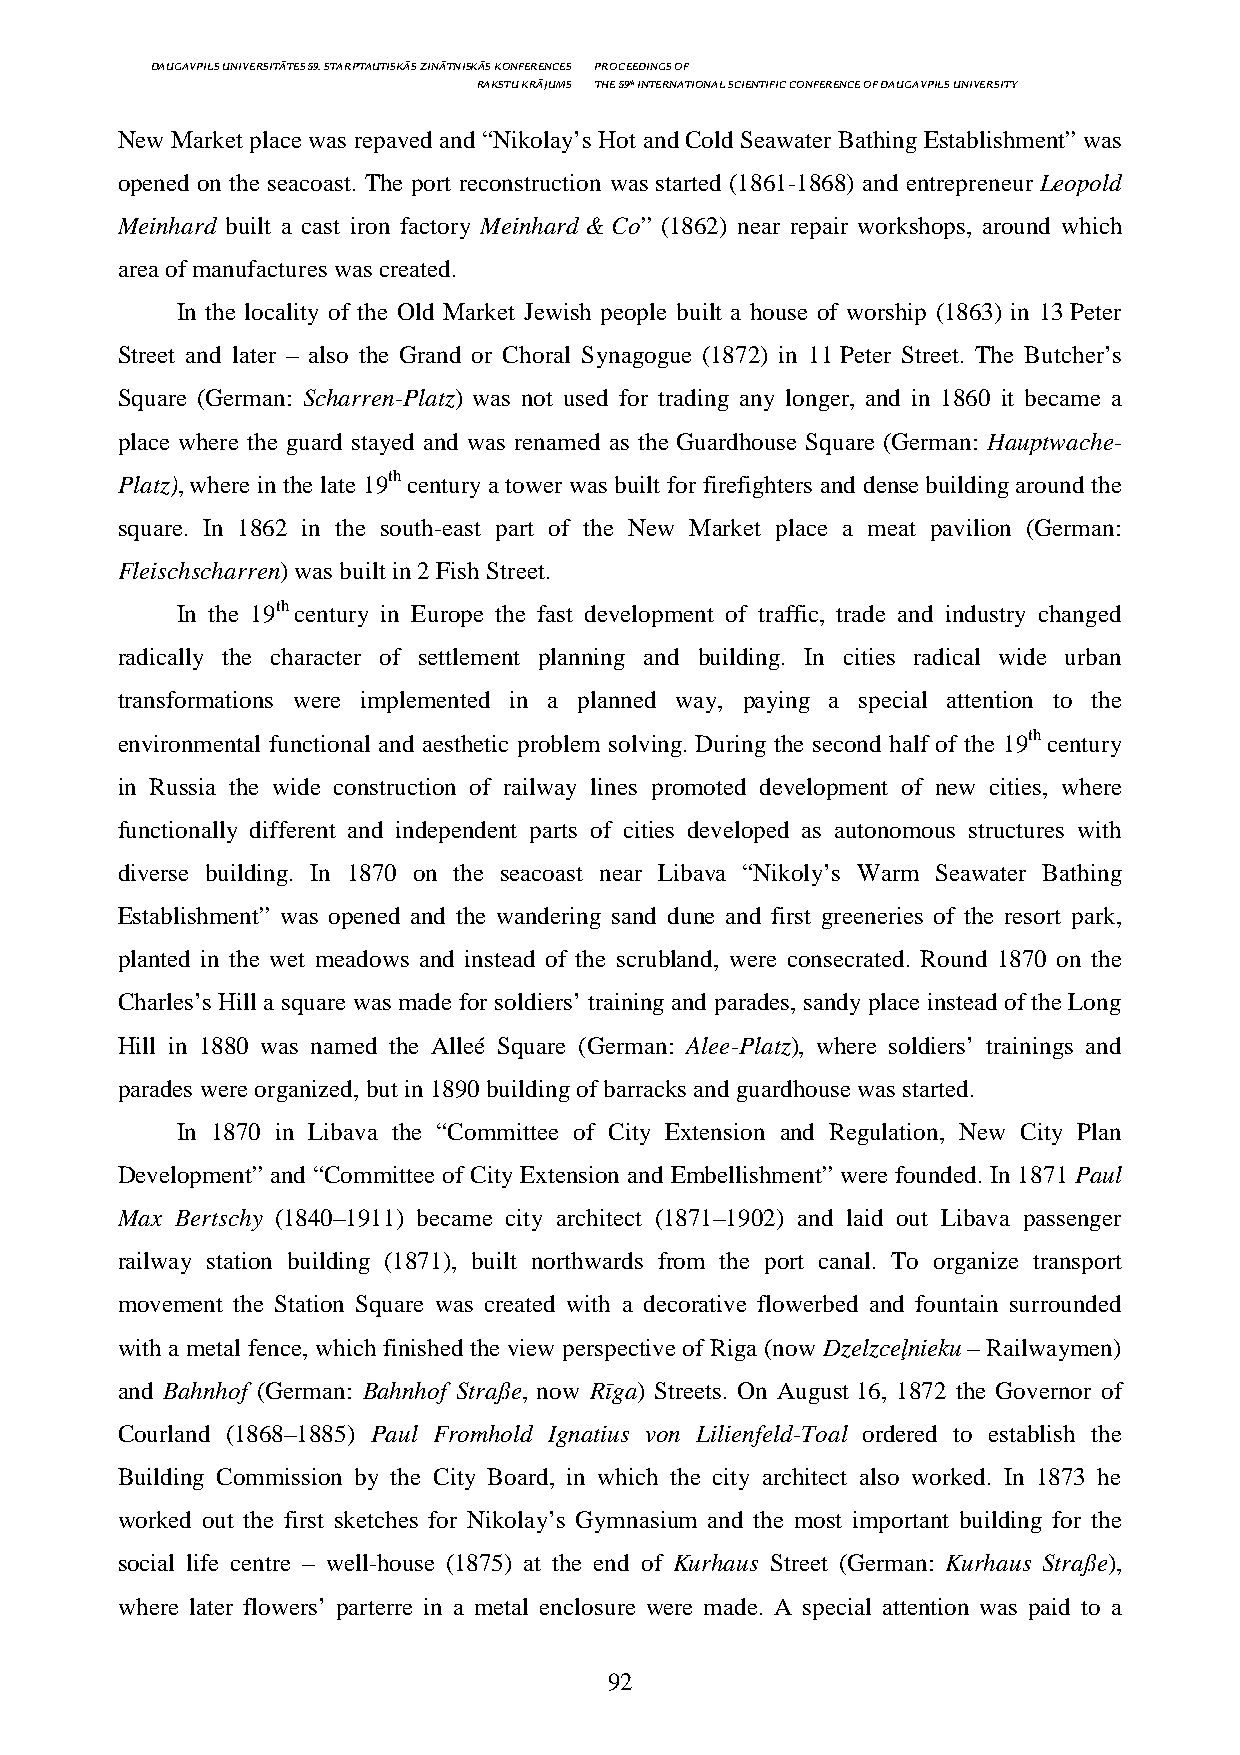
DAUGAVPILS UNIVERSITĀTES 59. STARPTAUTISKĀS ZINĀTNISKĀS KONFERENCES PROCEEDINGS OF
 RAKSTU KRĀJUMS THE 59th INTERNATIONAL SCIENTIFIC CONFERENCE OF DAUGAVPILS UNIVERSITY
 New Market place was repaved and “Nikolay’s Hot and Cold Seawater Bathing Establishment” was
 opened on the seacoast. The port reconstruction was started (1861-1868) and entrepreneur Leopold
 Meinhard built a cast iron factory Meinhard & Co” (1862) near repair workshops, around which
 area of manufactures was created.
 In the locality of the Old Market Jewish people built a house of worship (1863) in 13 Peter
 Street and later – also the Grand or Choral Synagogue (1872) in 11 Peter Street. The Butcher’s
 Square (German: Scharren-Platz) was not used for trading any longer, and in 1860 it became a
 place where the guard stayed and was renamed as the Guardhouse Square (German: Hauptwache-
 Platz), where in the late 19th century a tower was built for firefighters and dense building around the
 square. In 1862 in the south-east part of the New Market place a meat pavilion (German:
 Fleischscharren) was built in 2 Fish Street.
 In the 19th century in Europe the fast development of traffic, trade and industry changed
 radically the character of settlement planning and building. In cities radical wide urban
 transformations were implemented in a planned way, paying a special attention to the
 environmental functional and aesthetic problem solving. During the second half of the 19th century
 in Russia the wide construction of railway lines promoted development of new cities, where
 functionally different and independent parts of cities developed as autonomous structures with
 diverse building. In 1870 on the seacoast near Libava “Nikoly’s Warm Seawater Bathing
 Establishment” was opened and the wandering sand dune and first greeneries of the resort park,
 planted in the wet meadows and instead of the scrubland, were consecrated. Round 1870 on the
 Charles’s Hill a square was made for soldiers’ training and parades, sandy place instead of the Long
 Hill in 1880 was named the Alleé Square (German: Alee-Platz), where soldiers’ trainings and
 parades were organized, but in 1890 building of barracks and guardhouse was started.
 In 1870 in Libava the “Committee of City Extension and Regulation, New City Plan
 Development” and “Committee of City Extension and Embellishment” were founded. In 1871 Paul
 Max Bertschy (1840–1911) became city architect (1871–1902) and laid out Libava passenger
 railway station building (1871), built northwards from the port canal. To organize transport
 movement the Station Square was created with a decorative flowerbed and fountain surrounded
 with a metal fence, which finished the view perspective of Riga (now Dzelzceļnieku – Railwaymen)
 and Bahnhof (German: Bahnhof Straße, now Rīga) Streets. On August 16, 1872 the Governor of
 Courland (1868–1885) Paul Fromhold Ignatius von Lilienfeld-Toal ordered to establish the
 Building Commission by the City Board, in which the city architect also worked. In 1873 he
 worked out the first sketches for Nikolay’s Gymnasium and the most important building for the
 social life centre – well-house (1875) at the end of Kurhaus Street (German: Kurhaus Straße),
 where later flowers’ parterre in a metal enclosure were made. A special attention was paid to a
 92